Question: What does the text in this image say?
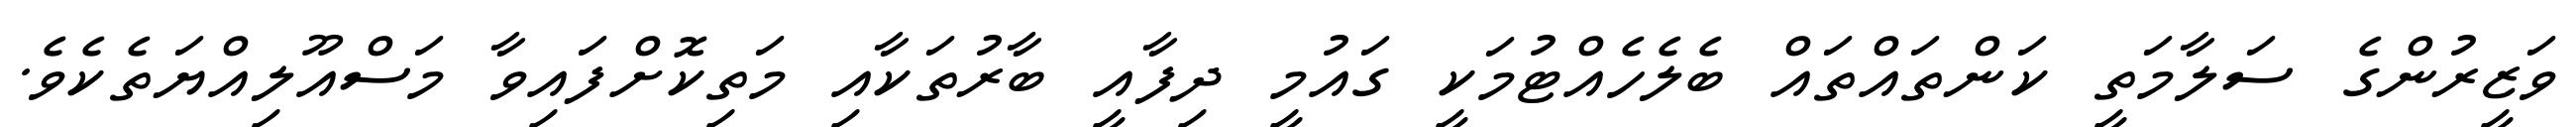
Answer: ވަޒީރުންގެ ސަލާމަތީ ކަންތައްތައް ބެލެހެއްޓުމަކީ ގައުމީ ދިފާއީ ބާރުތަކާއި މަތިކޮށްފައިވާ މަސްއޫލިއްޔަތެކެވެ.